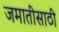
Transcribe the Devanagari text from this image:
जमातीसाठी